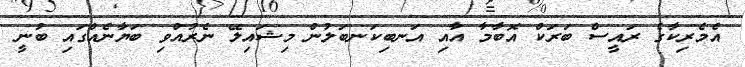
އެމެރިކާގެ ރައީސް ބަރަކް އޮބާމާ އާއި އަނބިކަނބަލުން މިޝައިލޭ ނެރުއްވި ބަޔާނެއްގައި ބުނީ